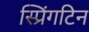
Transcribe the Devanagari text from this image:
स्प्रिंगटिन